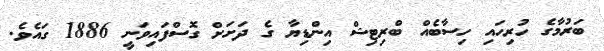
ބަރުމާގެ ހުރިހައި ހިސާބެއް ބްރިޓިޝް އިންޑިޔާ ގެ ދަށަށް ގޮސްފައިވަނީ 1886 ގައެވެ.